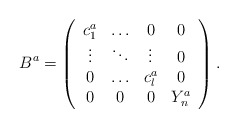
\begin{align*}B^a = \left(\begin{array}{cccc}c_1^a & \ldots & 0 & 0\\\vdots & \ddots & \vdots & 0 \\0 & \ldots & c_l^a & 0 \\0 & 0 & 0 & Y_n^a \end{array} \right).\end{align*}